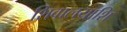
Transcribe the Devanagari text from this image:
शिवालयाशि